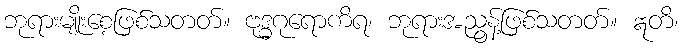
ဘုရားမျိုးစေ့ဖြစ်သတတ်။ ဗုဒ္ဓဂုရောကိရ၊ ဘုရားအညွန့်ဖြစ်သတတ်။ ဣတိ၊